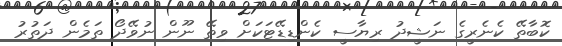
ކޮބާތޭ ކެނެރީގެ ނަޝީދު ރިޔާސީ ކެންޑިޑޭޓަކަށް ވިތޭ ނޫން ނުވޭދޯ ތަމެން ދަތުރު